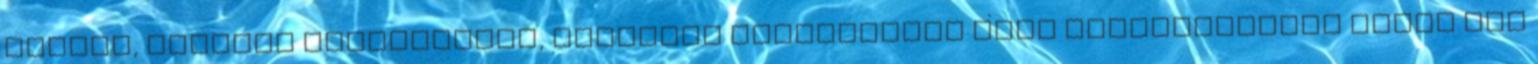
megyék, városok testületeit, országos befolyással bíró politikusokat értve nem